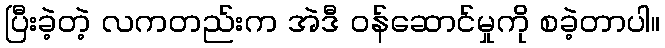
ပြီးခဲ့တဲ့ လကတည်းက အဲဒီ ဝန်ဆောင်မှုကို စခဲ့တာပါ။